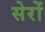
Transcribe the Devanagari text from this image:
सेरों